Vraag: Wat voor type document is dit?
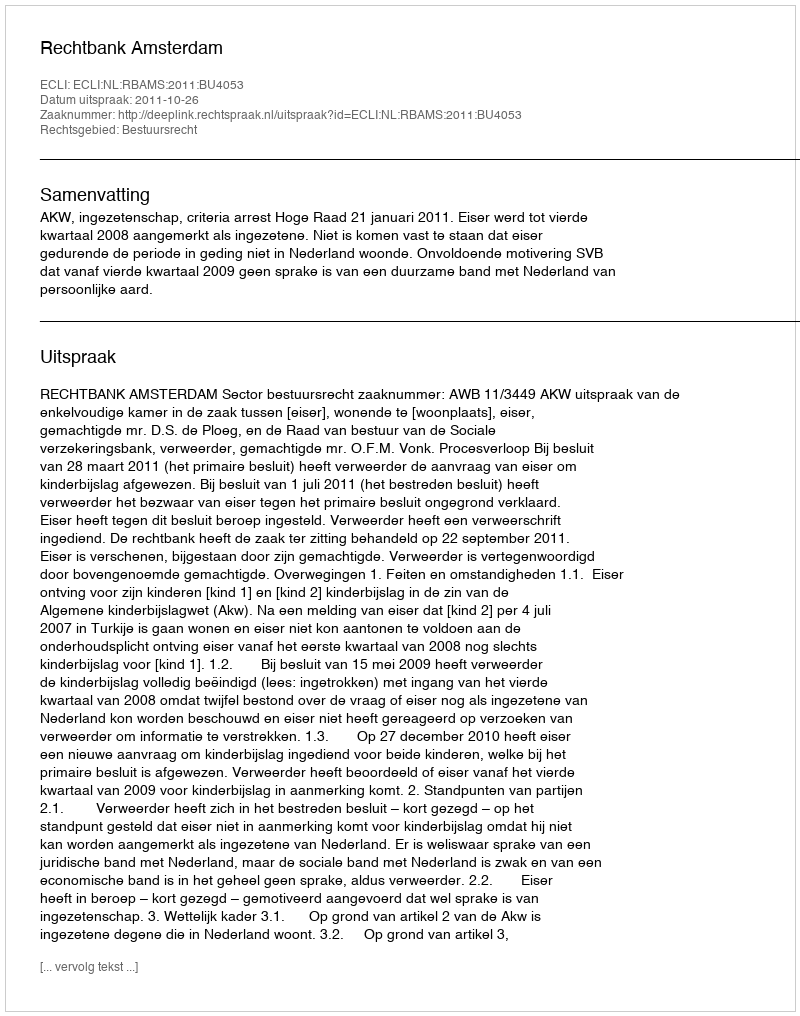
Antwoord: Uitspraak